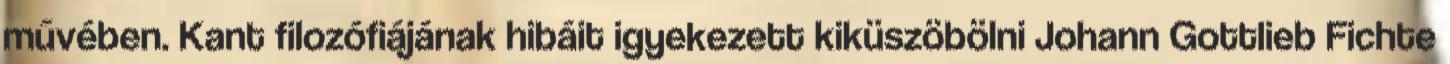
művében. Kant filozófiájának hibáit igyekezett kiküszöbölni Johann Gottlieb Fichte